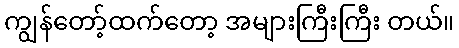
ကျွန်တော့်ထက်တော့ အများကြီးကြီး တယ်။